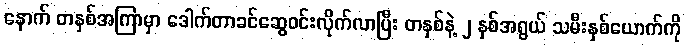
နောက် တနှစ်အကြာမှာ ဒေါက်တာခင်ဆွေဝင်းလိုက်လာပြီး တနှစ်နဲ့ ၂ နှစ်အရွယ် သမီးနှစ်ယောက်ကို